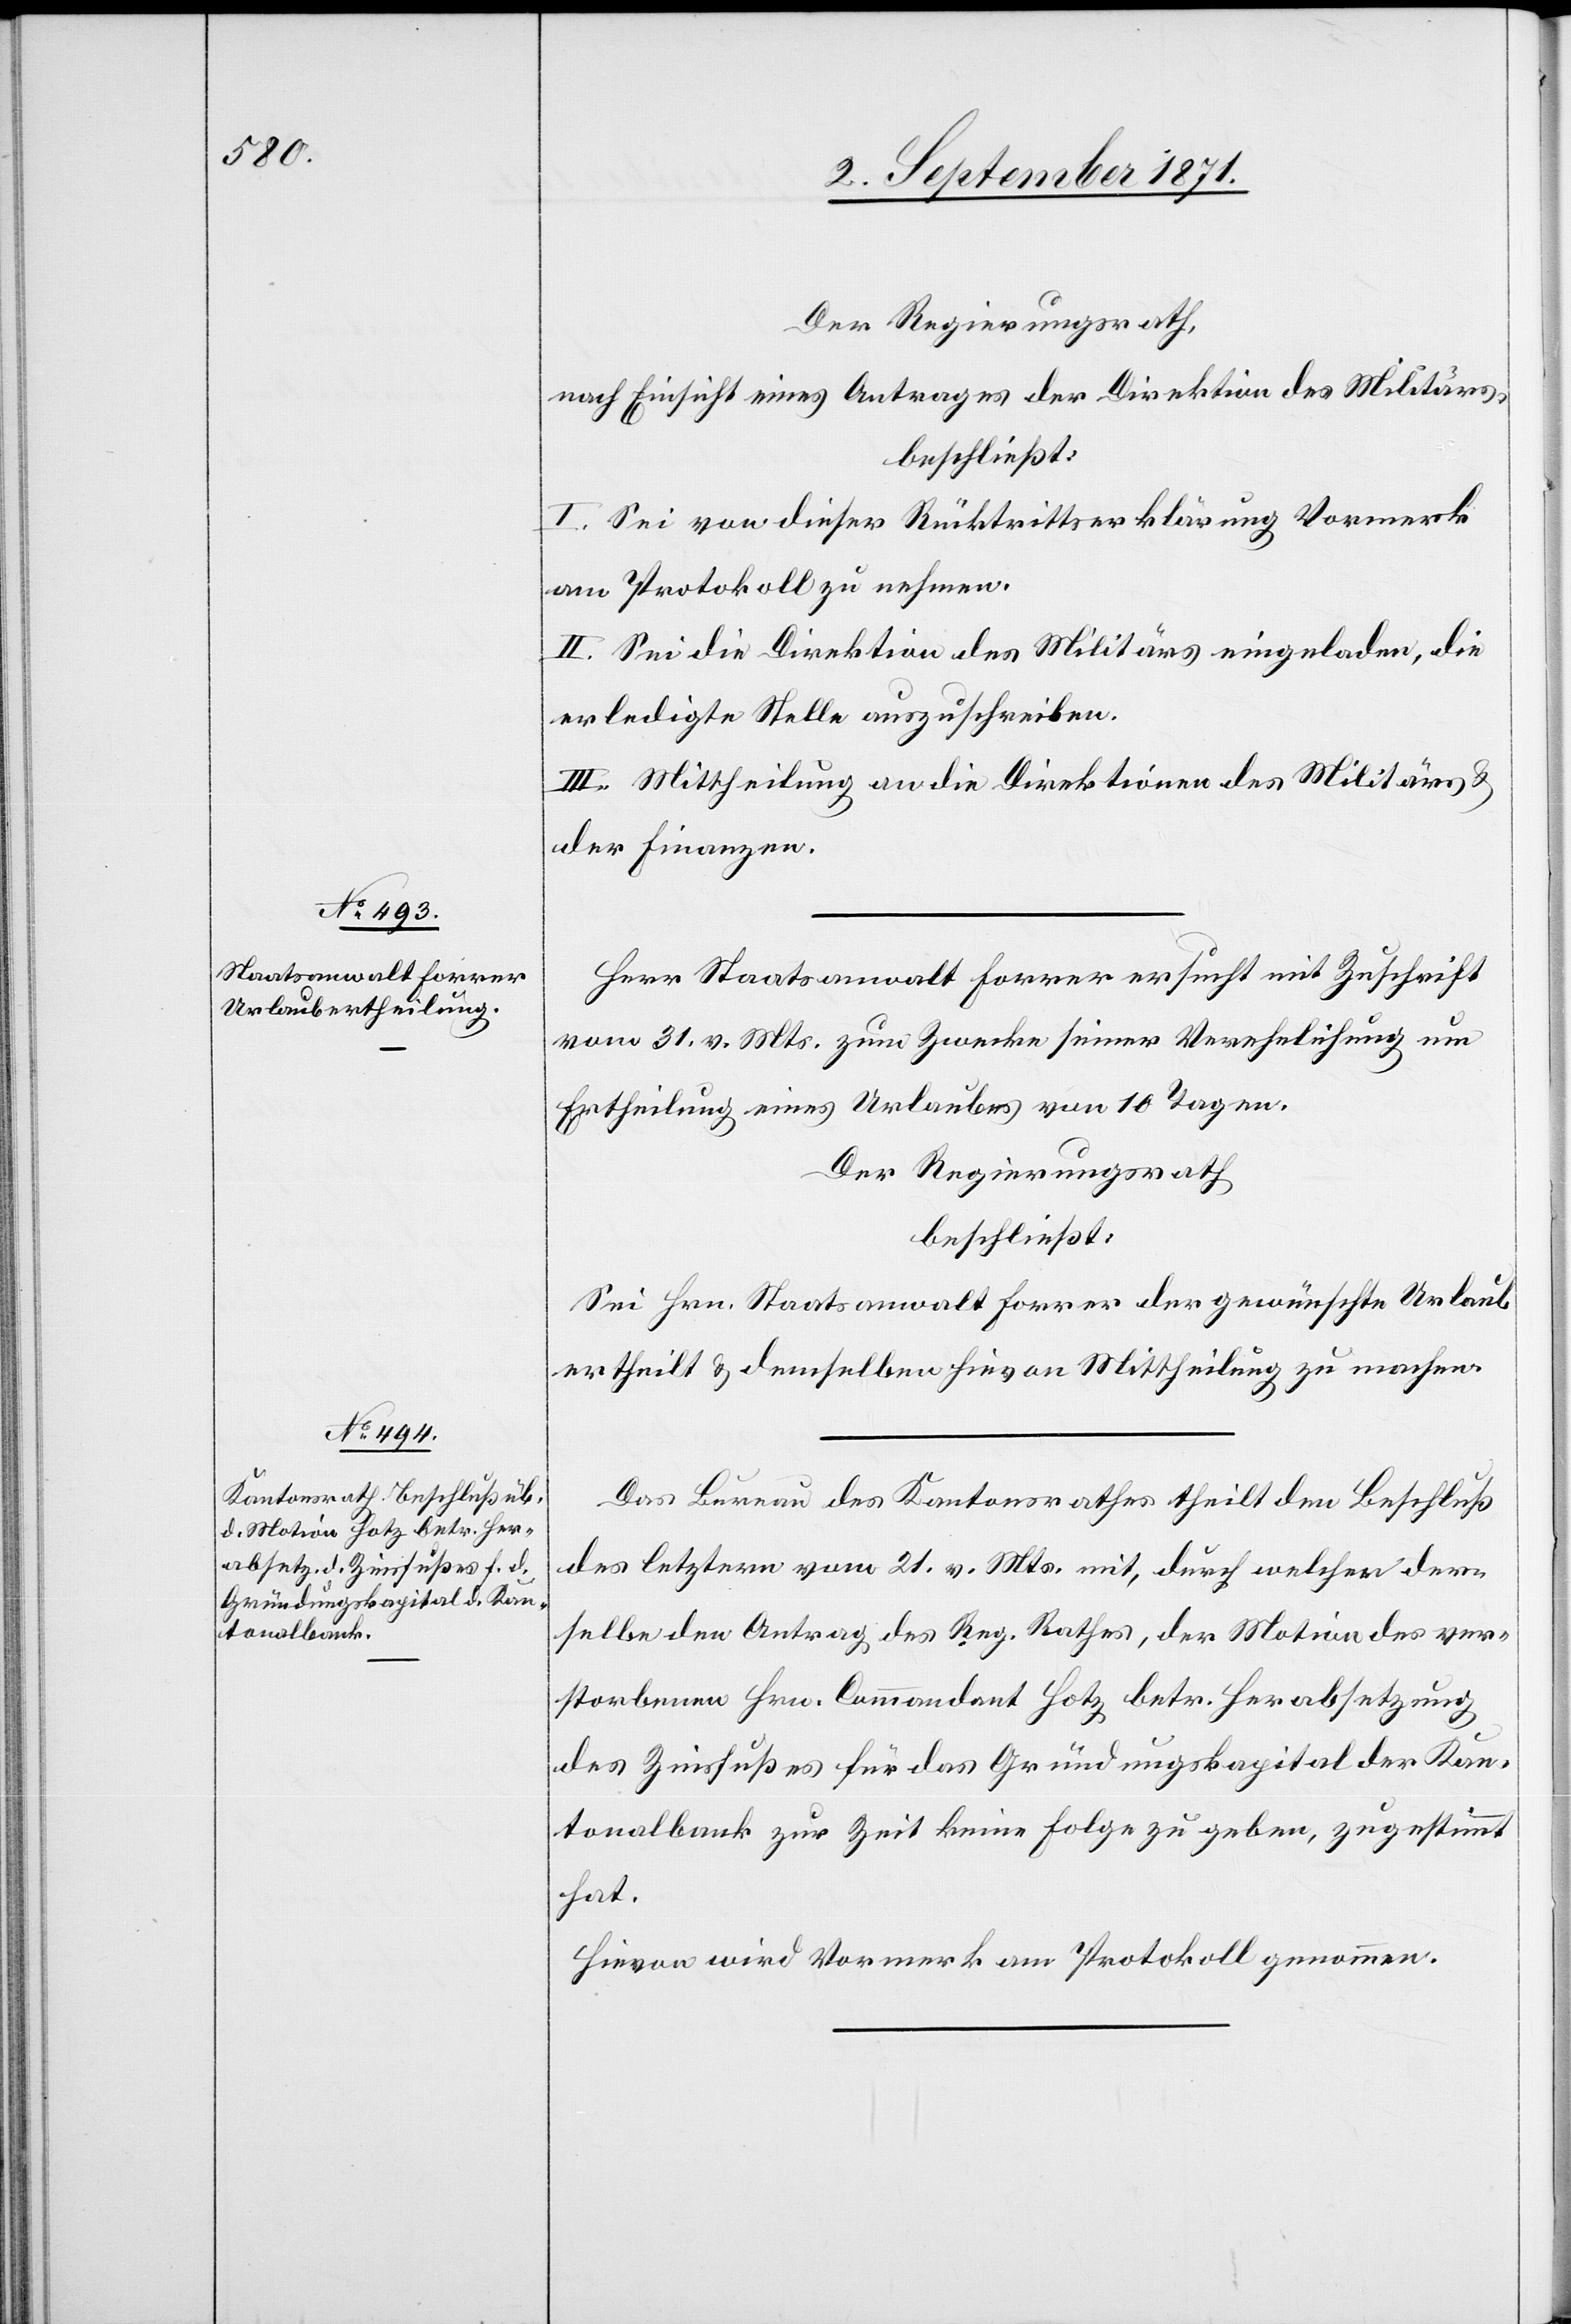
Der Regierungsrath,
nach Einsicht eines Antrages der Direktion des Militärs,
beschließt:
I. Sei von dieser Rücktrittserklärung Vormerk
am Protokoll zu nehmen.
II. Sei die Direktion des Militärs eingeladen, die
erledigte Stelle auszuschreiben.
III. Mittheilung an die Direktionen des Militärs &
der Finanzen.
Herr Staatsanwalt Forrer ersucht mit Zuschrift
vom 31. v. Mts. zum Zwecke seiner Verehelichung um
Ertheilung eines Urlaubes von 10 Tagen.
Der Regierungsrath
beschließt:
Sei Hrn. Staatsanwalt Forrer der gewünschte Urlaub
ertheilt & demselben hirvon Mittheilung zu machen.
Das Bureau des Kantonsrathes theilt den Beschluß
des letzteren vom 21. v. Mts. mit, durch welchen der¬
selbe den Antrag des Reg. Rathes, der Motion des ver¬
storbenen Hrn. Commandant Hotz betr. Herabsetzung
des Zinsfußes für das Gründungskapital der Kan¬
tonalbank zur Zeit keine Folge zu geben, zugestimmt
hat.
Hirvon wird Vormerk am Protokoll genommen.